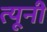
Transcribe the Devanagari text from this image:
त्‍यूनी